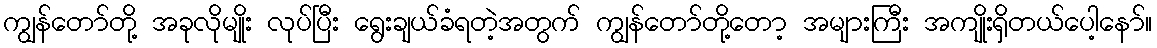
ကျွန်တော်တို့ အခုလိုမျိုး လုပ်ပြီး ရွေးချယ်ခံရတဲ့အတွက် ကျွန်တော်တို့တော့ အများကြီး အကျိုးရှိတယ်ပေါ့နော်။